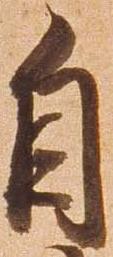
自